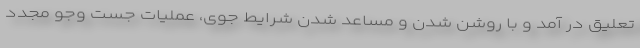
تعلیق در آمد و با روشن شدن و مساعد شدن شرایط جوی، عملیات جست وجو مجدد